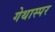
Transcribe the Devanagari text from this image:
गेथास्पर